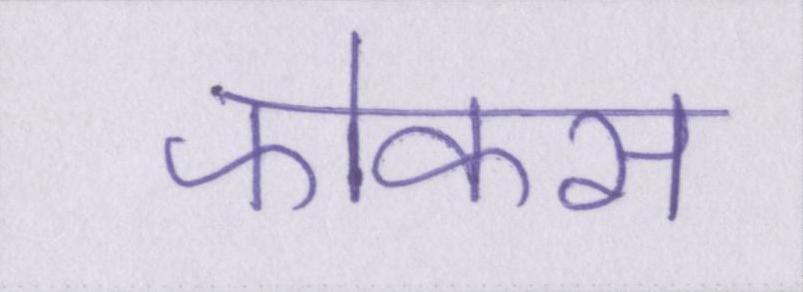
फोकस